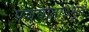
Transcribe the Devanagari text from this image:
पशुघातोऽभूत्‌